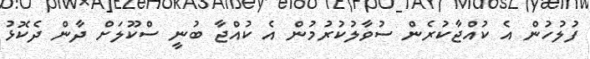
ފުލުހުން އެ ކުއްޖާކުރެން ސުވާލުކުރުމުން އެ ކުއްޖާ ބުނީ ސްކޫލަށް ދާން ދެކޮޅު